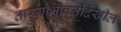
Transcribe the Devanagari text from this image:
ताऱ्याभोवतीदेखील